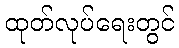
ထုတ်လုပ်ရေးတွင်